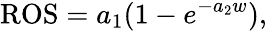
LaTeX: \mathrm{ROS}=a_{1}(1-e^{-a_{2}w}),